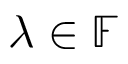
\lambda \in \mathbb { F }